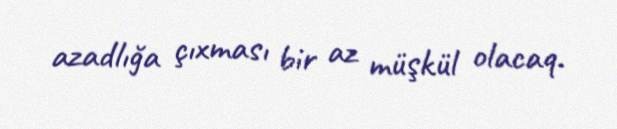
azadlığa çıxması bir az müşkül olacaq.